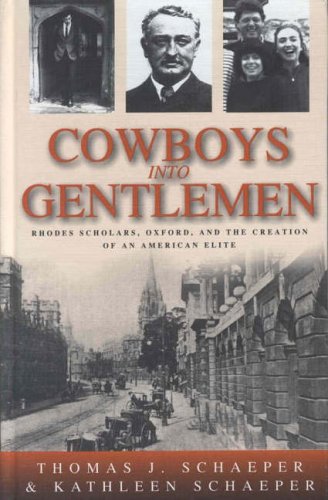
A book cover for Cowboys into Gentlemen: Rhodes Scholars, Oxford, and the Creation of an American Elite; Thomas J. Schaeper; Travel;